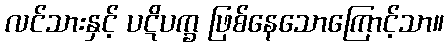
လင်သားနှင့် ပဋိပက္ခ ဖြစ်နေသောကြောင့်သာ။